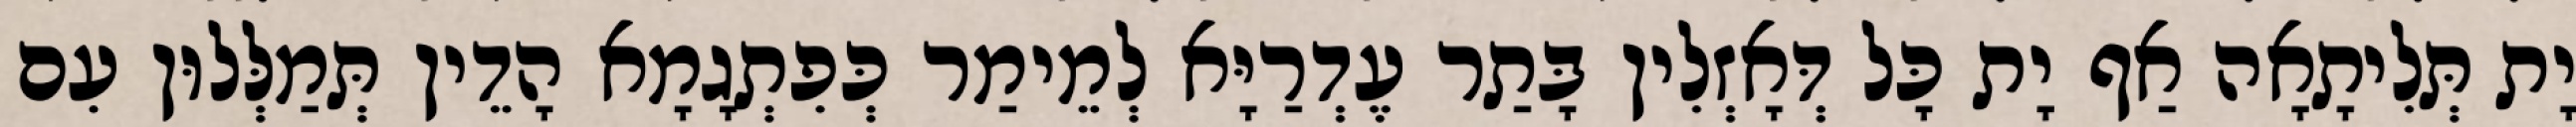
יָת תְּלִיתָאָה אַף יָת כָּל דְּאָזְלִין בָּתַר עֶדְרַיָּא לְמֵימַר כְּפִתְגָמָא הָדֵין תְּמַלְּלוּן עִם